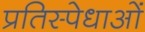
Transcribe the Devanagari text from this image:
प्रतिस्पेधाओं